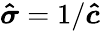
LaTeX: \boldsymbol{\hat{\sigma}}=1/\boldsymbol{\hat{c}}